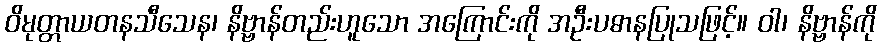
ဝိမုတ္တာယတနသီသေန၊ နိဗ္ဗာန်တည်းဟူသော အကြောင်းကို အဦးပဓာနပြုသဖြင့်။ ဝါ၊ နိဗ္ဗာန်ကို